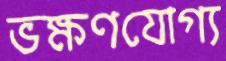
ভক্ষণযোগ্য